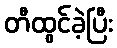
တီထွင်ခဲ့ပြီး